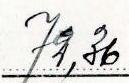
72,36